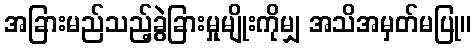
အခြားမည်သည့်ခွဲခြားမှုမျိုးကိုမျှ အသိအမှတ်မပြု။